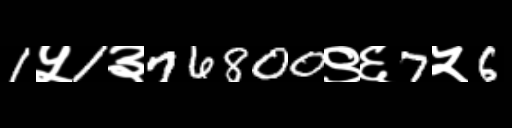
Text: 1५1३76800९६7५6